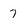
Character: 7